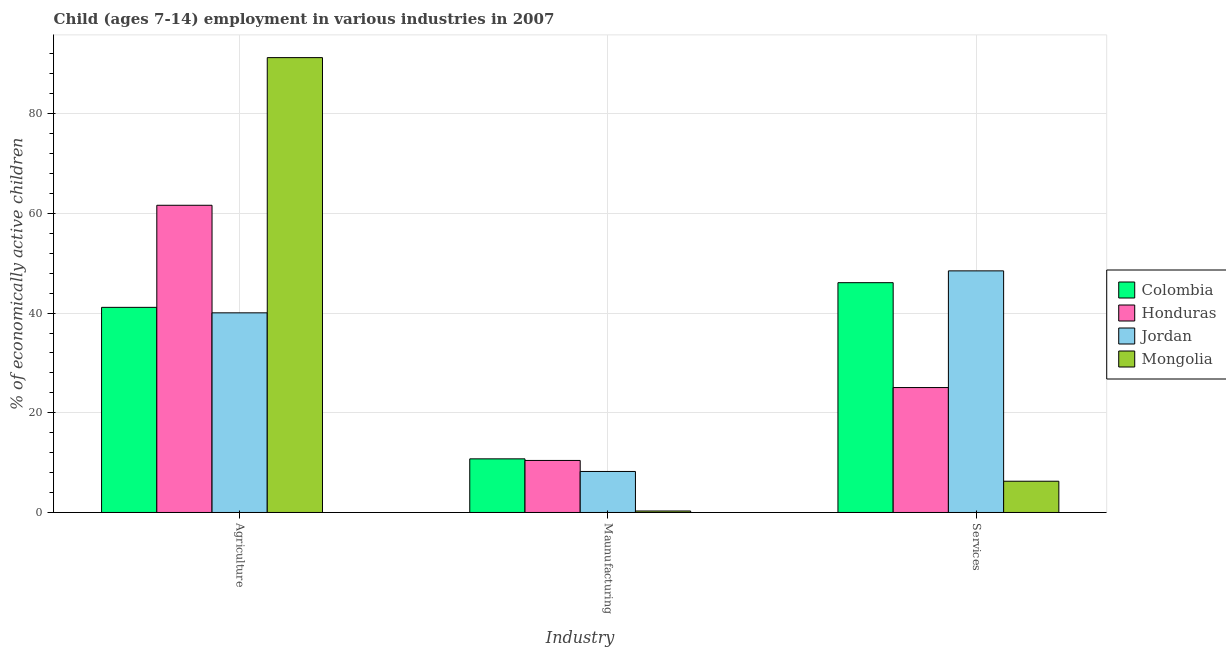
| Industry | Colombia | Honduras | Jordan | Mongolia |
 | --- | --- | --- | --- | --- |
 | Agriculture | 41.1 | 61.6 | 40 | 91.2 |
 | Maunufacturing | 10.8 | 10.4 | 8.23 | 0.3 |
 | Services | 46.1 | 25.1 | 48.5 | 6.27 |